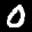
Label: 0